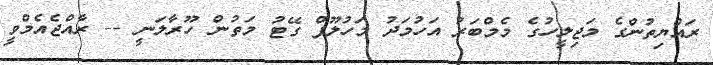
ރައްޔިތުންގެ މަޖިލީހުގެ މެމްބަރު އަހުމަދު މަހުލޫފް ގޭޓު މަތުން ހޫރާލަނީ -- ރާއްޖެއެމްވީ